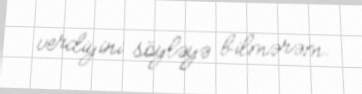
verdiyini söyləyə bilmərəm.